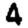
Digit: 4